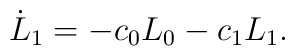
\dot L_{1} = -c_0 L_0 -c_1 L_1.